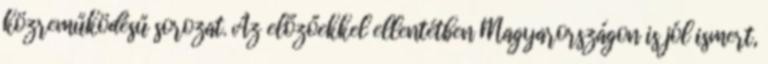
közreműködésű sorozat. Az előzőekkel ellentétben Magyarországon is jól ismert,